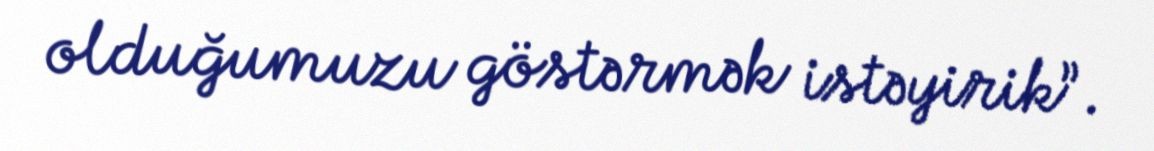
olduğumuzu göstərmək istəyirik”.